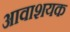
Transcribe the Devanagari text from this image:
आवाशयक